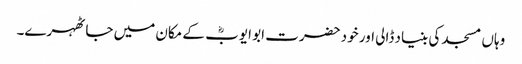
وہاں مسجد کی بنیاد ڈالی اور خود حضرت ابو ایوبؓ کے مکان میں جا ٹھہرے۔